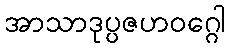
အာသာဒုပ္ပဇဟဝဂ္ဂေါ